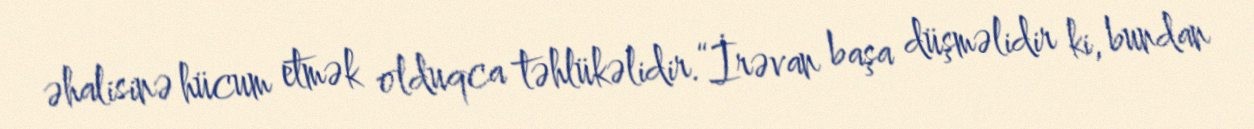
əhalisinə hücum etmək olduqca təhlükəlidir.“İrəvan başa düşməlidir ki, bundan